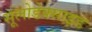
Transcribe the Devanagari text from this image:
सूलोडेक्साइड